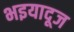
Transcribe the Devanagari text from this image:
भइयादूज